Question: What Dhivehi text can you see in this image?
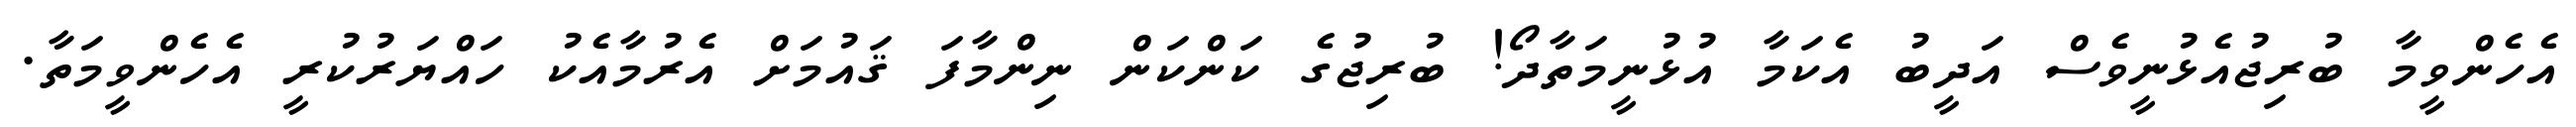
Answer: އެހެންވީމާ ބުރިޖުއެޅުނީވެސް އަދީބު އެކަމާ އުޅުނީމަތާދޯ! ބުރިޖުގެ ކަންކަން ނިންމާފަ ޤައުމަށް އެރުމާއެކު ހައްޔަރުކުރީ އެހެންވީމަތާ.